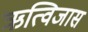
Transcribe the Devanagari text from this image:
ऋत्विजास